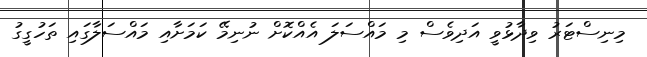
މިނިސްޓަރު ވިދާޅުވީ އަދިވެސް މި މައްސަލަ އެއްކޮށް ނުނިމޭ ކަމަށާއި މައްސަލާގައި ތަހުގީގު